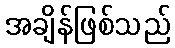
အချိန်ဖြစ်သည်